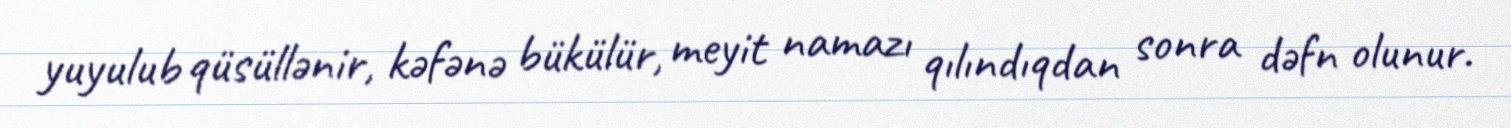
yuyulub qüsüllənir, kəfənə bükülür, meyit namazı qılındıqdan sonra dəfn olunur.